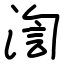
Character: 渹